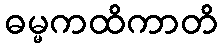
ဓမ္မကထိကာတိ